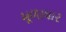
મૂળાધાર